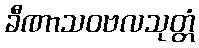
ခီဏာသဝဗလသုတ္တံ